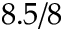
8 . 5 / 8